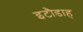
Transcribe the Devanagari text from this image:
इटौडाह